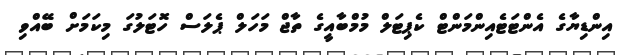
އިންޑިޔާގެ އެންޓަޓެއިންމަންޓް ކެޕިޓަލް މުމްބާއީގެ ތާޖް މަހަލް ޕެލަސް ހޮޓަލުގަ މިކަމަށް ބޭއްވި